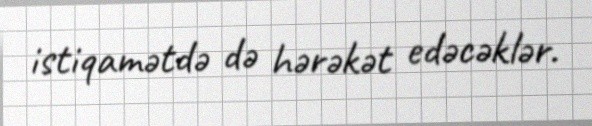
istiqamətdə də hərəkət edəcəklər.